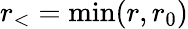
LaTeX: r_{<}=\mathrm{min}(r,r_{0})